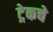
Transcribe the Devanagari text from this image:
ट्रेकचे